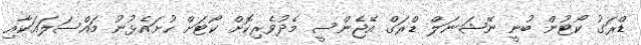
ޑްރަގު ކޯޓުން ބުނީ ނޭޝަނަލް ޑްރަގް އޭޖެންސީ މެދުވެރިކޮށް ކޯޓަށް ހުށައެޅުނު މައްސަލައަކާއި